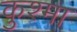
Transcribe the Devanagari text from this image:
कुश्‍मा